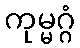
ကုမ္မဂ္ဂံ